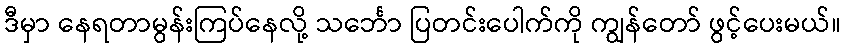
ဒီမှာ နေရတာမွန်းကြပ်နေလို့ သင်္ဘော ပြတင်းပေါက်ကို ကျွန်တော် ဖွင့်ပေးမယ်။